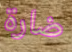
ضارة